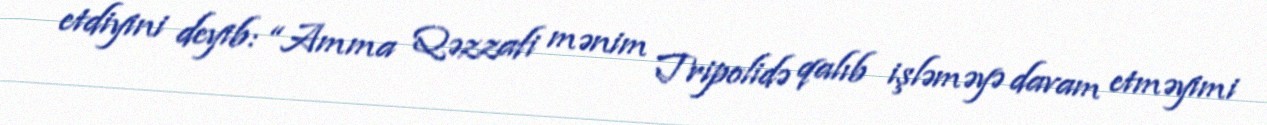
etdiyini deyib: “Amma Qəzzafi mənim Tripolidə qalıb işləməyə davam etməyimi